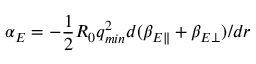
\alpha _ { E } = - \frac { 1 } { 2 } R _ { 0 } q _ { m i n } ^ { 2 } d ( \beta _ { E \parallel } + \beta _ { E \perp } ) / d r